Medical and sanitary report of the native army of Bengal for the year
Year: 1876
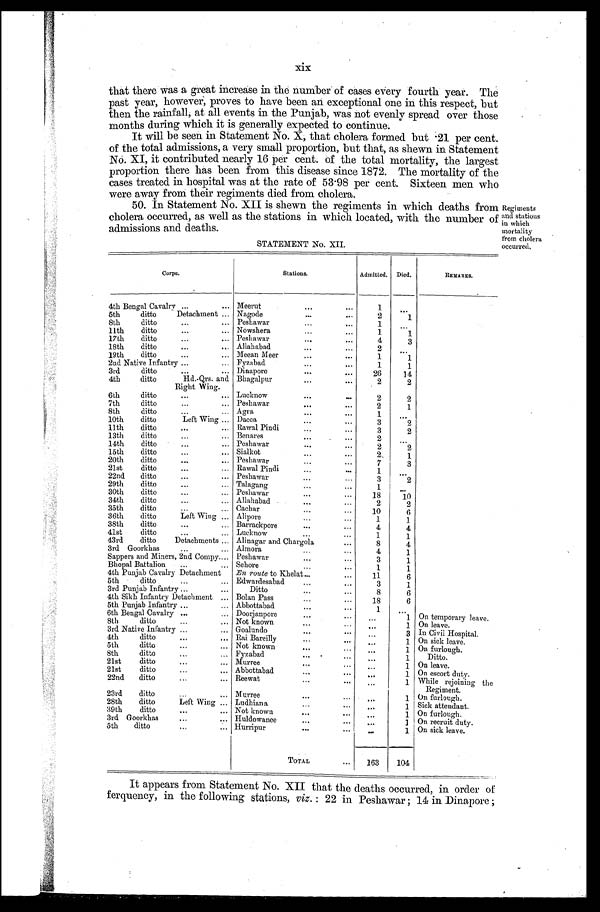
xix
that there was a great increase in the number of cases every fourth year. The
past year, however, proves to have been an exceptional one in this respect, but
then the rainfall, at all events in the Punjab, was not evenly spread over those
months during which it is generally expected to continue.
It will be seen in Statement No. X, that cholera formed but .21 per cent.
of the total admissions, a very small proportion, but that, as shewn in Statement
No. XI, it contributed nearly 16 per cent. of the total mortality, the largest
proportion there has been from this disease since 1872. The mortality of the
cases treated in hospital was at the rate of 53.98 per cent. Sixteen men who
were away from their regiments died from cholera.
50. In Statement No. XII is shewn the regiments in which deaths from
cholera occurred, as well as the stations in which located, with the number of
admissions and deaths.
STATEMENT No. XII.
Regiments
and stations
in which
mortality
from cholera
occurred.
Corps.
Stations.
Admitted. Died.
REMARKS.
4th Bengal Cavalry Meerut
1
5th ditto Detachment Nagode
2
1
8th ditto
Peshawar
1
11th ditto
Nowshera
1
1
17th ditto
Peshawar
4
3
18th ditto
Allahabad
2
19th ditto
Meean Meer
1
1
2nd Native Infantry
Fyzabad
1
1
3rd ditto
Dinapore
26
l4
4th ditto Hd.-Qrs. and
Right Wing.
Bhagalpur
2
2
6th ditto
Lucknow
2
2
7th ditto
Peshawar
2
1
8th ditto
Agra
1
10th ditto Left Wing Dacca
3
2
11th ditto
Rawal Pindi
3
2
13th ditto
Benares
2
14th ditto
Peshawar
2
2
15th ditto
Sialkot
2
1
20th ditto
Peshawar
7
3
21st ditto
Rawal Pindi
1
22nd ditto
Peshawar
3
2
29th ditto
Talagang
1
30th ditto
Peshawar
18 10
34th ditto
Allahabad
2
2
35th ditto
Cachar
10
6
36th ditto Left Wing
Alipore
1
1
38th ditto
Barrackpore
4
4
41st ditto
Lucknow
1 1
43rd ditto Detachments Alinagar and Chargola
8
4
3rd Goorkhas
Almora
4
1
Sappers and Miners, 2nd Compy Peshawar
3
1
Bhopal Battalion
Sehore
1
1
4th Punjab Cavalry Detachment En route to Khelat
11
6
5th ditto
Edwardesabad
3
1
3rd Punjab Infantry
Ditto
8
6
4th Sikh Infantry Detachment
Bolan Pass
18
6
5th Punjab Infantry
Abbottabad
1
6th Bengal Cavalry
Doorjanpore
1 On temporary leave.
8th ditto
Not known
1 On leave.
3rd Native Infantry
Goalundo
3 In Civil Hospital.
4th ditto
Rai Bareilly
1 On sick leave.
5th ditto
Not known
1 On furlough.
8th ditto
Fyzahad
1 Ditto.
21st ditto
Murree
1 On leave.
21st ditto
Abbottabad
1 On escort duty.
22nd ditto
Reewat
1 While rejoining the
Regiment.
23rd ditto
Murree
1 On furlough.
28th ditto Left Wing
Ludhiana
1 Sick attendant.
39th ditto
Not known
1 On furlough.
3rd Goorkhas
Huldowanee
1 On recruit duty.
5th ditto
Hurripur
1 On sick leave.
TOTAL
163 104
It appears from Statement No. XII that the deaths occurred, in order or
ferquency, in the following stations, viz. : 22 in Peshawar; 14 in Dinapore;